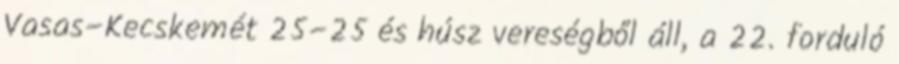
Vasas–Kecskemét 25–25 és húsz vereségből áll, a 22. forduló